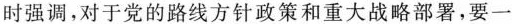
时强调，对于党的路线方针政策和重大战略部署，要一